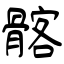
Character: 髂